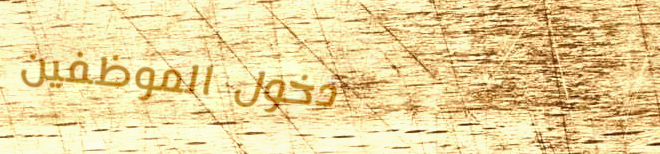
دخول الموظفين